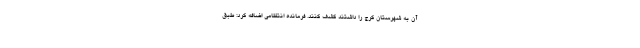
آن به شهرستان کرج را داشتند کشف کنند. فرمانده انتظامی اضافه کرد: طبق